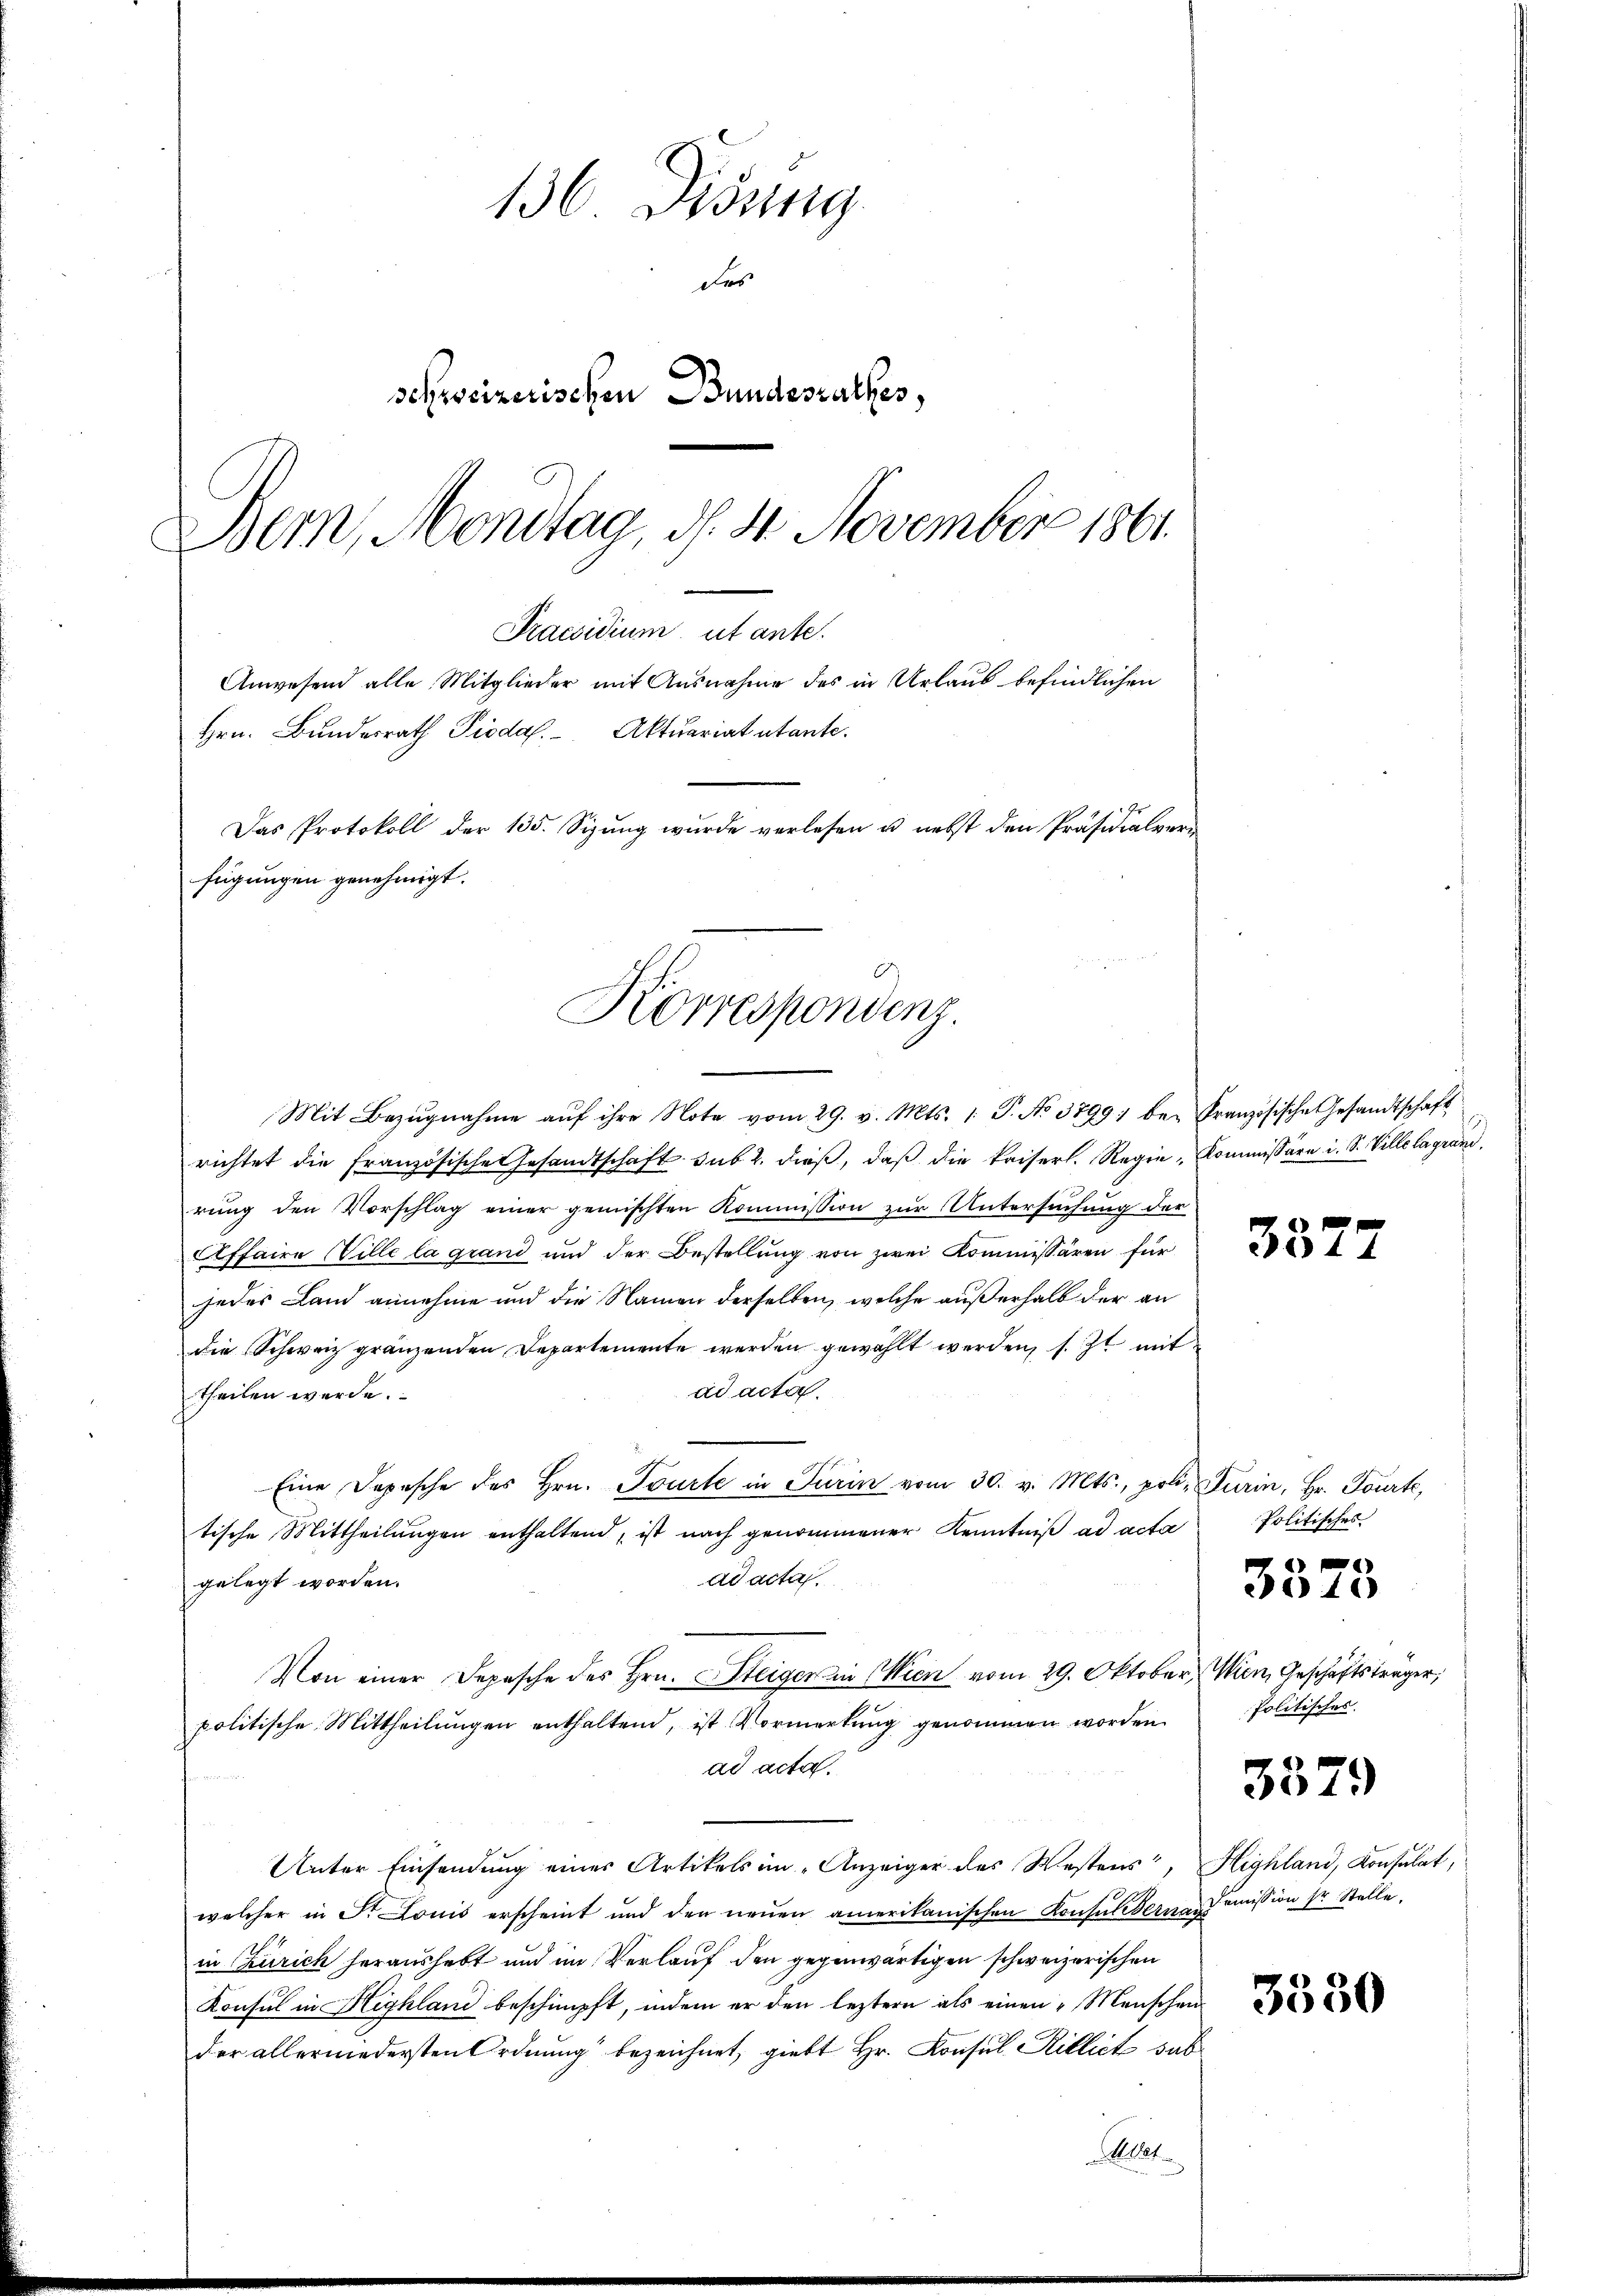
136 Didung
des
schreizerischen Bundesrathes,
Bern, Mondtag, d. 4. November 1861

Hrn. Bundesrath Piodal. Aktuariat utante.
Das Protokoll der 135. Sizŭng wurde verlesen u. nebst den Präsidialver
fügungen genehmigt.
Korrespondenz.

Mit Bezŭgnahme aŭf ihre Note vom 29. v. Mts. 1. P. No 3799. bei Französische Gesandtschaft
richtet die Französische Gesandtschaft sub 2. dieβ, daβ die kaiserl. Regie-Kommissäre i. S. Ville lagrand.
rung den Vorschlag einer gemischten Kommission zur Untersuchung der
Affaire Ville la grand und der Bestellung von zwei Kommissären für
jedes Land annehme und die Namen derselben, welche außerhalb der an
die Schweiz gränzenden Departemente werden gewählt werden, s. Zt. mit
ad acta.
theilen werde.
Eine Depesche des Hrn. Tourte in Turin vom 30. v. Mts., poli, Turin, Hr. Tourte,
tische Mittheilŭngen enthaltend, ist nach genommener Kenntniβ ad acta
ad acta.
gelegt worden.
Von einer Depesche des Hrn. Steiger in Wien vom 29. Oktober, Wien, Geschäftsträger,
politische Mittheilŭngen enthaltend, ist Vormerkŭng genommen worden. Politisches.
ad acta.
Unter Einsendung eines Artikels im „Anzeiger des Westers, Highland, Konsulat,
welcher in S. Louis erscheint und den neuen amerikanischen Konsulterne Comission sr Stelle.
in Zürich heraushebt und im Verlauf den gegenwärtigen schweizerischen
Konsul in Highland beschimpft, indem er den leztern als einen Menschen
der allerniedersten Ordnung bezeichnet, giebt Hr. Konsul Rillich sub
Met

Praesidium ut ante.
Anwesend alle Mitglieder mit Ausnahme des in Urlaub befindlichen

3372

Politisches

3373

3379